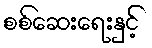
စစ်ဆေးရေးနှင့်